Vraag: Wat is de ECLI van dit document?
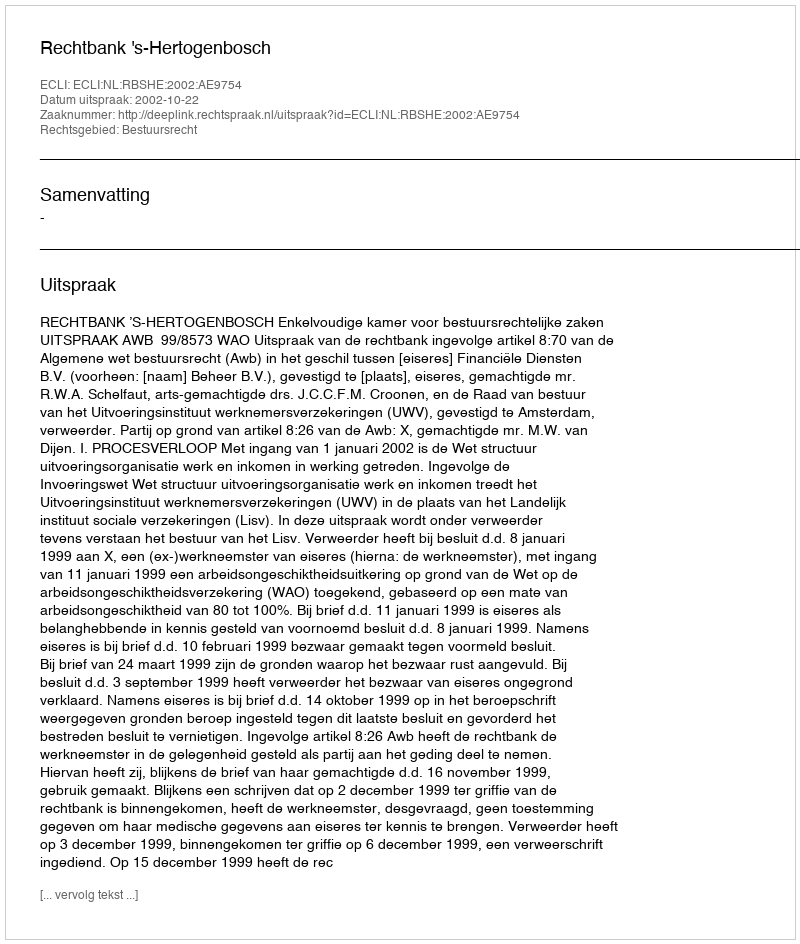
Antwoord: ECLI:NL:RBSHE:2002:AE9754